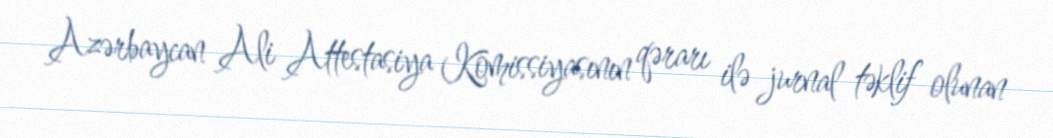
Azərbaycan Ali Attestasiya Komissiyasının qərarı ilə jurnal təklif olunan